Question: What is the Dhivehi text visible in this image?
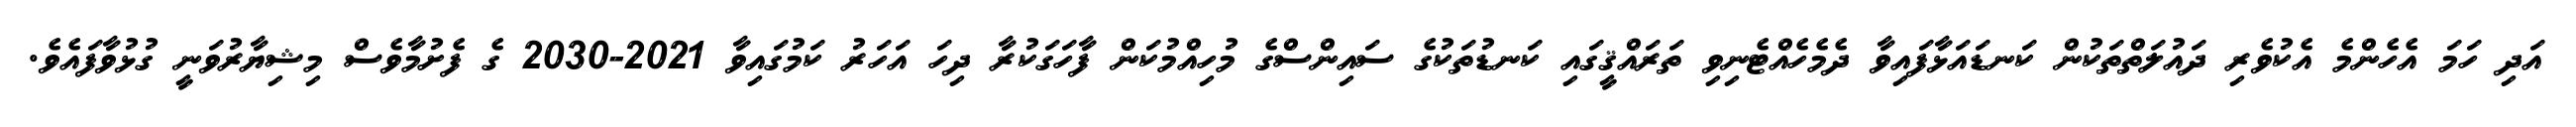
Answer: އަދި ހަމަ އެހެންމެ އެކުވެރި ދައުލަތްތަކުން ކަނޑައަޅާފައިވާ ދެމެހެއްޓެނިވި ތަރައްޤީގައި ކަނޑުތަކުގެ ސައިންސްގެ މުހިއްމުކަން ފާހަގަކުރާ ދިހަ އަހަރު ކަމުގައިވާ 2021-2030 ގެ ފެށުމާވެސް މިޝިޔާރުވަނީ ގުޅުވާފައެވެ.